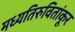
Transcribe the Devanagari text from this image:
मध्यतिरुवितांकूर